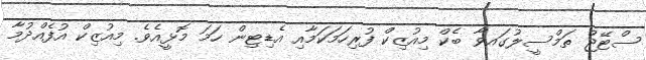
ސްޓޭޖް ތަމްސީލުގައވާ ބެކް މިއުޒިކް ފުރިހަމަކަމާއި އެޑިޓިން ހަމަ މޮޅީއެވެ. މިއުޒިކް އުފެއްދުމާ